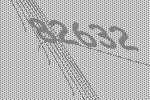
82632